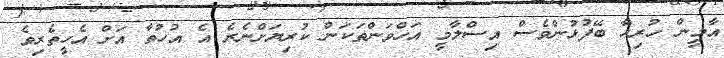
އާމީން ހުރިހާ ބޭފުޅުންވެސް އިސްލާމީ އަހްވަންތަކަން ކުރިޔަށްނެރެ އެ އުހުތާ އަށް އެހީތެރިވެ